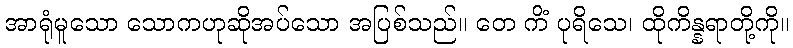
အာရုံမူသော သောကဟုဆိုအပ်သော အပြစ်သည်။ တေ ကိံ ပုရိသေ၊ ထိုကိန္နရာတို့ကို။